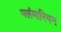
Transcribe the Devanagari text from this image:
फ्लंमारियन